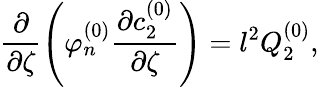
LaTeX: \frac{\partial}{\partial\zeta}\left(\varphi_{n}^{(0)}\frac{\partial c_{2}^{(0)}}{\partial\zeta}\right)=l^{2}Q_{2}^{(0)},